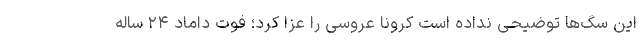
این سگ‌ها توضیحی نداده است کرونا عروسی را عزا کرد؛ فوت داماد ۲۴ ساله